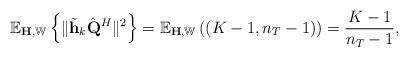
LaTeX: \begin{align*}\mathbb{E}_{\mathbf{H}, \mathbb{W}} \left \{\| \tilde{\mathbf{h}}_k\hat{\mathbf{Q}}^H \|^2 \right\} = \mathbb{E}_{\mathbf{H},\mathbb{W}} \left( \left(K-1,n_T-1\right) \right) =\frac{K-1}{n_T-1},\end{align*}